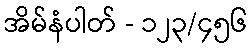
အိမ်နံပါတ် - ၁၂၃/၄၅၆